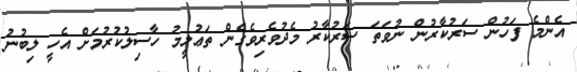
އެންމެ ފަހުން ސަރުކާރުން ނުވަތަ ސަރުކާރު މެދުވެރިވެގެން ތަޢުލީމު ހާސިލުކުރުމަށް އެހީ ލިބުނު